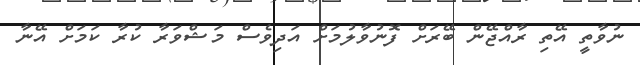
ނުވާތީ އޭތި ރާއްޖޭން ބޭރަށް ފޮނުވާލުމަށް އަދިވެސް މަޝްވަރާ ކުރާ ކަމަށް އޭނާ